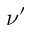
\nu ^ { \prime }